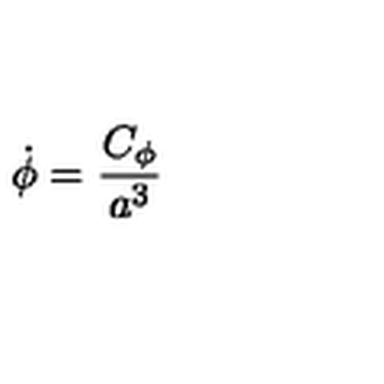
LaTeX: \dot { \phi } = { \frac { C _ { \phi } } { a ^ { 3 } } }